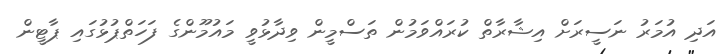
އަދި އުމަރު ނަސީރަށް އިޝާރާތް ކުރައްވަމުން ތަސްމީން ވިދާޅުވީ މައުމޫންގެ ފަހަތްޕުޅުގައި ޕާޓީން